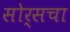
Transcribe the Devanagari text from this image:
सोर्सचा